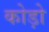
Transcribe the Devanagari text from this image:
कोड़ो